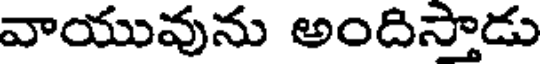
వాయువును అందిస్తాడు